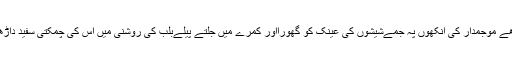
اُس نے بوڑھے موجمدار کی آنکھوں پہ جَمےشیشوں کی عینک کو گھورااور کمرے میں جلتے پیلےبلب کی روشنی میں اُس کی چمکتی سفید داڑھی کو دیکھا۔